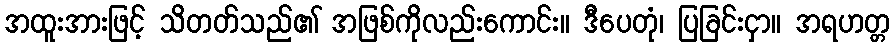
အထူးအားဖြင့် သိတတ်သည်၏ အဖြစ်ကိုလည်းကောင်း။ ဒီပေတုံ၊ ပြခြင်းငှာ။ အရဟတ္တ